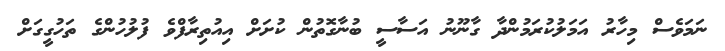
ނަމަވެސް މިހާރު އަމަލުކުރަމުންދާ ގާނޫނު އަސާސީ ބުނާގޮތުން ކުށަށް އިއުތިރާފްވެ ފުލުހުންގެ ތަހުގީގަށް